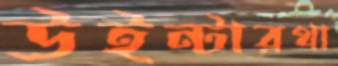
উইন্টারথা